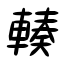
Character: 輳